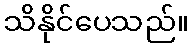
သိနိုင်ပေသည်။